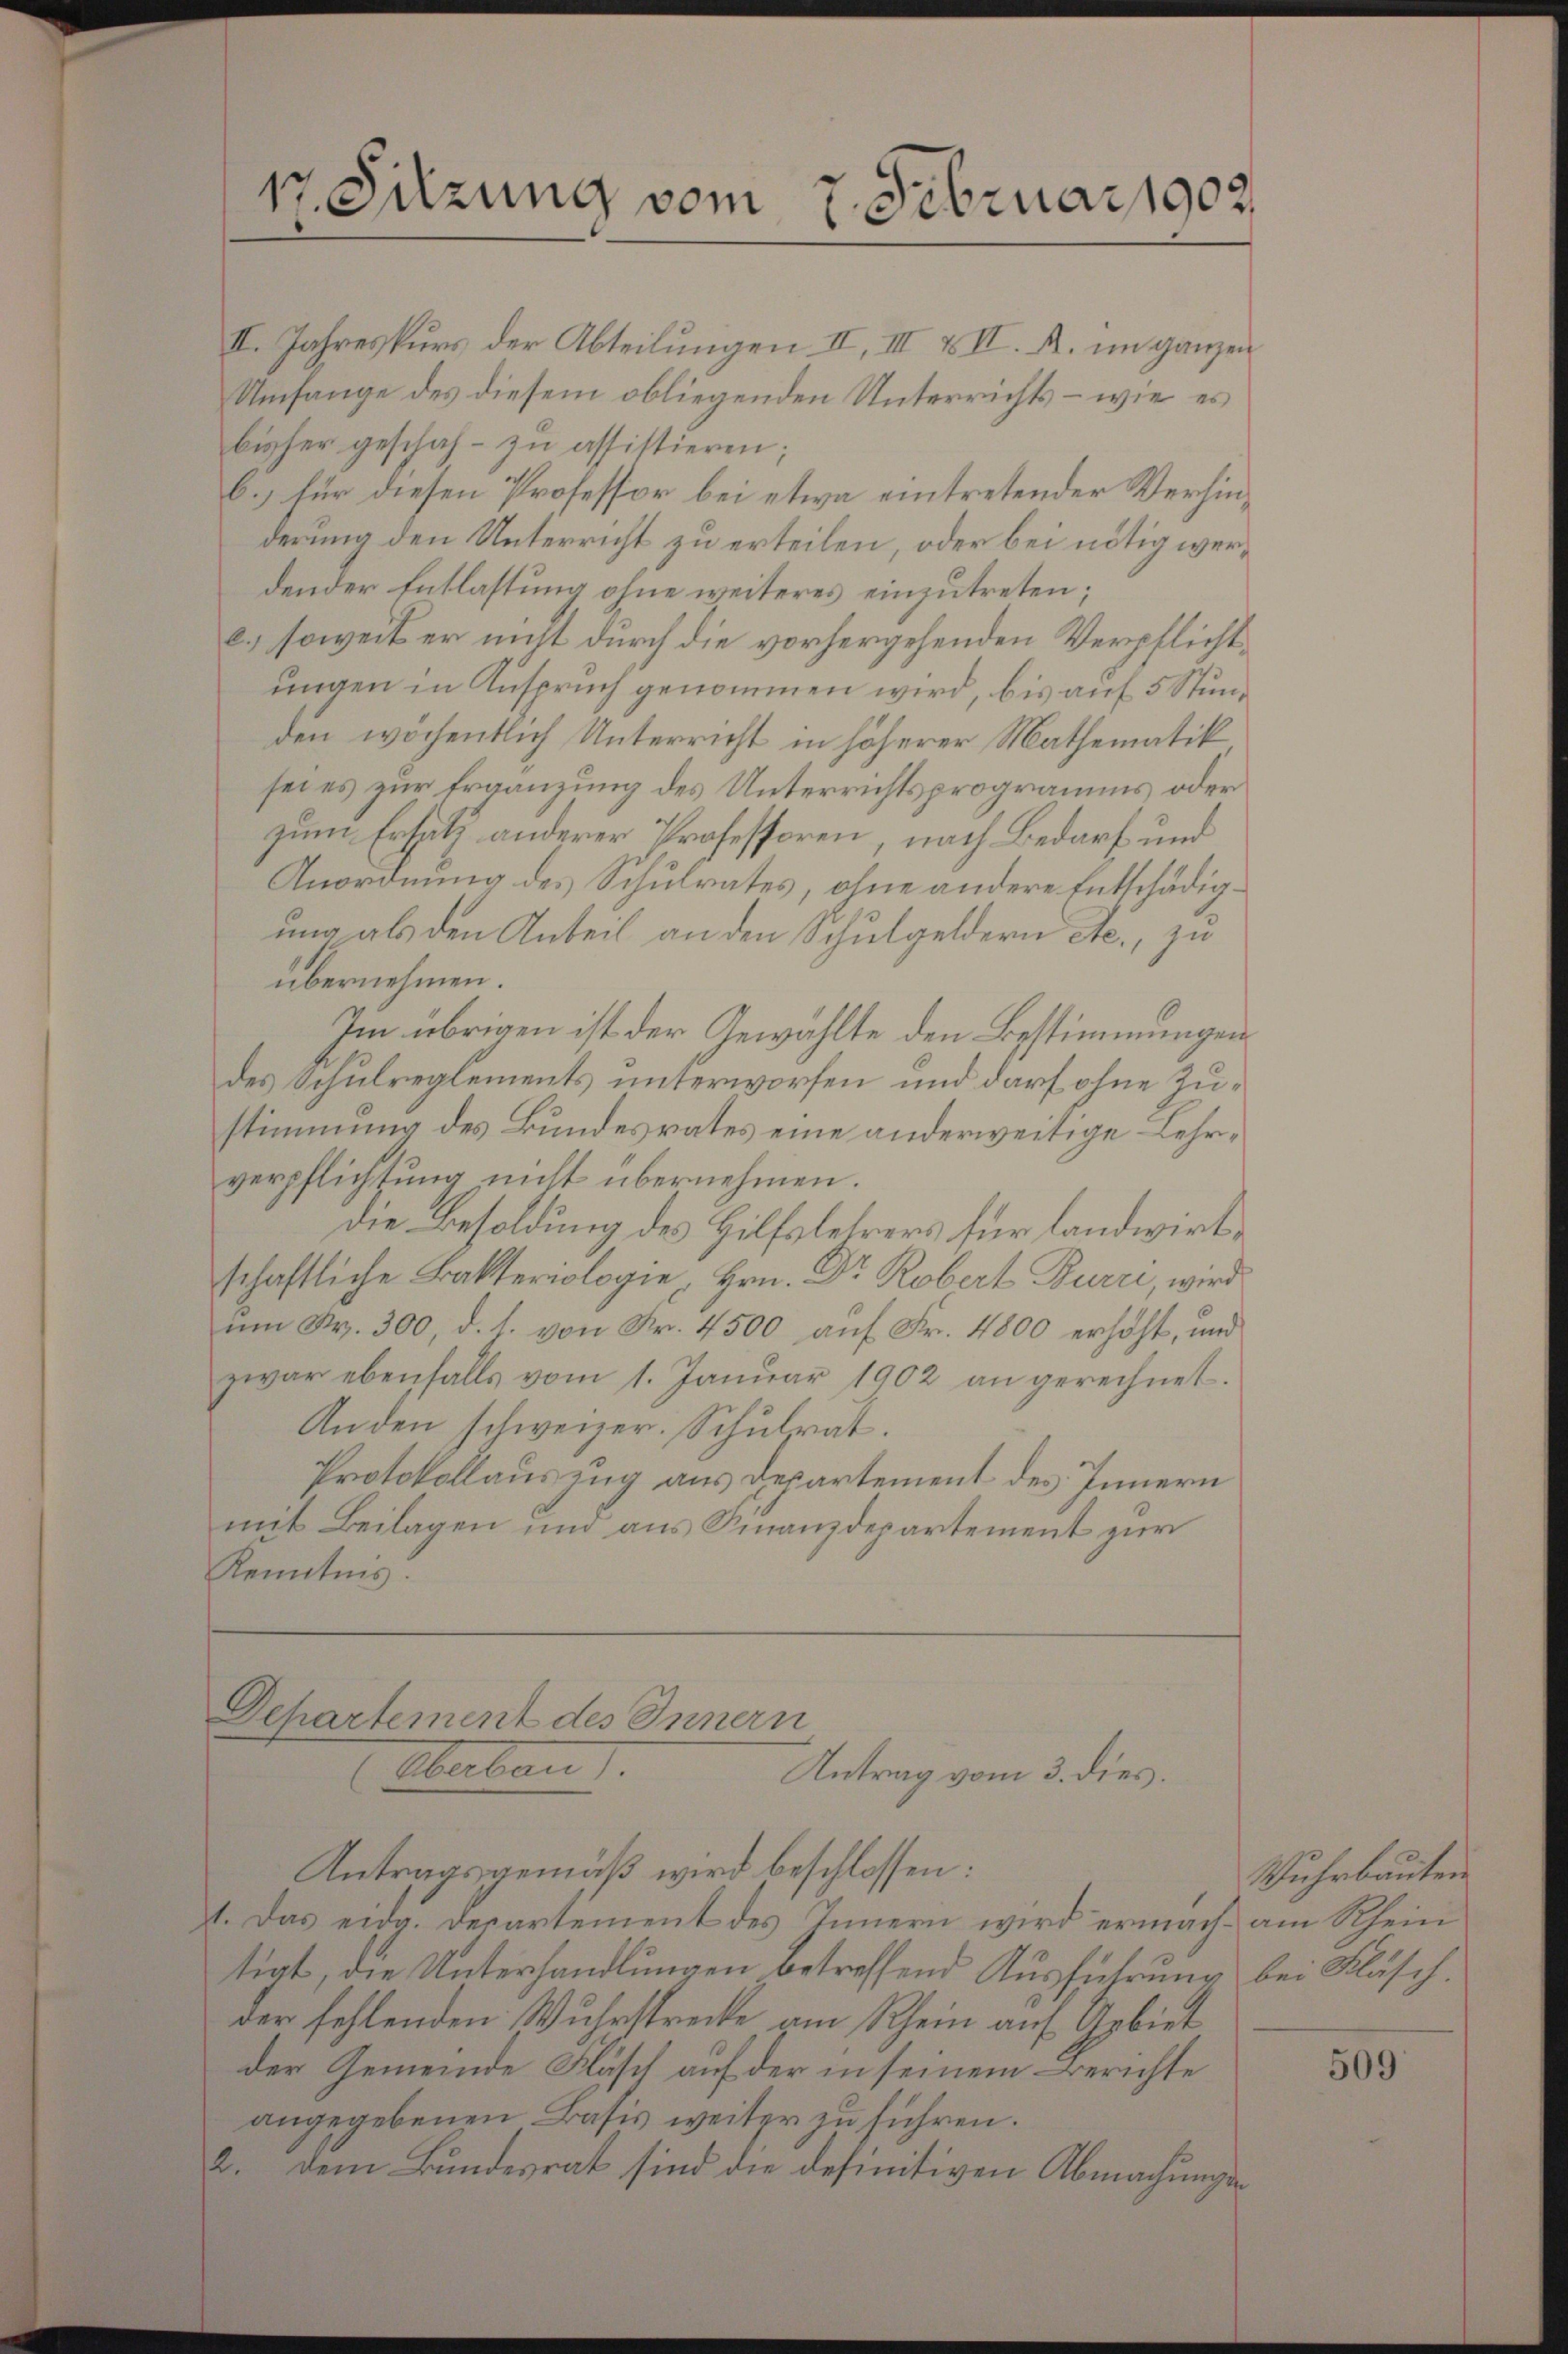
17. Sitzung vom 7. Februar 1902

II. Jahreskurs der Abteilungen II, III & II. A. im ganzen
Umfange des diesem obliegenden Unterrichts – wie es
bisher geschah - zu assistieren;
b.) für diesen Professor bei etwa eintretender Verhinderung den Unterricht zu erteilen, oder bei nötig werdender Entlastung ohne weiteres einzutreten;
e.) soweit er nicht durch die vorhergehenden Verpflichtungen in Anspruch genommen wird, bis auf 5 Stunden wöchentlich Unterricht in höherer Mathematik
sei es zur Ergänzung des Unterrichtsprogramms oder
zum Ersatz anderer Professoren, nach Bedarf und
Anordnung des Schulrates, ohne andere Entschädigung als den Anteil an den Schulgeldern etc., zu
übernehmen.
Im übrigen ist der Gewählte den Bestimmungen
des Schulreglements unterworfen und darf ohne Zustimmung des Bundesrates eine anderweitige Lehrverpflichtung nicht übernehmen.
die Besoldung des Hilfslehrers für landwirtschaftliche Bakteriologie, Hrn. Dr. Robert Burii, wird
ŭm Fr. 300, d. 1. von Fr. 4500 aŭf Fr. 4800 erhöht, und
zwar ebenfalls vom 1. Januar 1902 an gerechnet.
Anden schweizer. Schulrat.
Protokollauszug aus Departement des Innern
mit Beilagen und aus Finanzdepartement zur
Kenntnis.

Departement des Innern
Aberbau
Antrag vom 3. dies.
Antragsgemäß wird beschlossen:

1. Das eidg. Derartement des Innern wird ermach- am Rhein
tigt, die Unterhandlungen betreffend Ausführung bei Fläsch.
der fehlenden Wuhrstrecke am Rhein auf Gebiet
der Gemeinde Fläsch auf der in seinem Berichte
angegebenen Basis weiter zu führen.
2. Dem Bundesrat sind die definitiven Abmachungen

Wuhrbauten

509